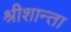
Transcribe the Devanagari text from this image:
श्रीशान्ता